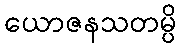
ယောဇနသတမ္ပိ